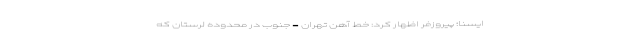
ایسنا؛ پیروزفر اظهار کرد: خط آهن تهران - جنوب در محدوده لرستان که